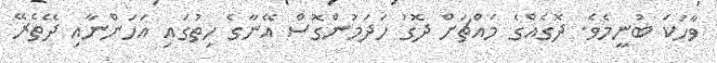
ވާހަކަ ބުނީމެވެ. ދޮގެއްގެ މައްޗަށް ދޮގު ހަދަމުންގޮސް އޭނާގެ ހިތުގައި އަހަންނާއި ދޭތެރޭ